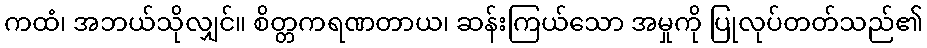
ကထံ၊ အဘယ်သိုလျှင်။ စိတ္တကရဏတာယ၊ ဆန်းကြယ်သော အမှုကို ပြုလုပ်တတ်သည်၏